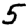
Digit: 5